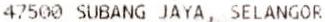
47500 SUBANG JAYA, SELANGOR